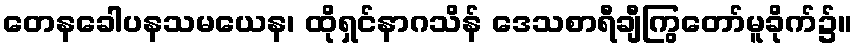
တေနခေါပနသမယေန၊ ထိုရှင်နာဂသိန် ဒေသစာရီချီကြွတော်မူခိုက်၌။